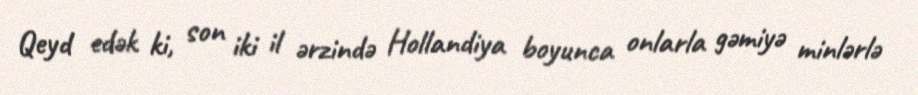
Qeyd edək ki, son iki il ərzində Hollandiya boyunca onlarla gəmiyə minlərlə